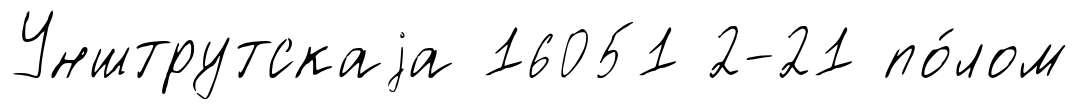
Унштрутскаjа 16051 2-21 по́лом